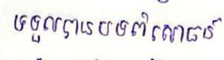
ទទួលបានបទពិសោធន៍